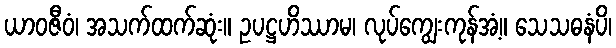
ယာဝဇီဝံ၊ အသက်ထက်ဆုံး။ ဥပဋ္ဌဟိဿာမ၊ လုပ်ကျွေးကုန်အံ့။ သေသဓနံပိ၊